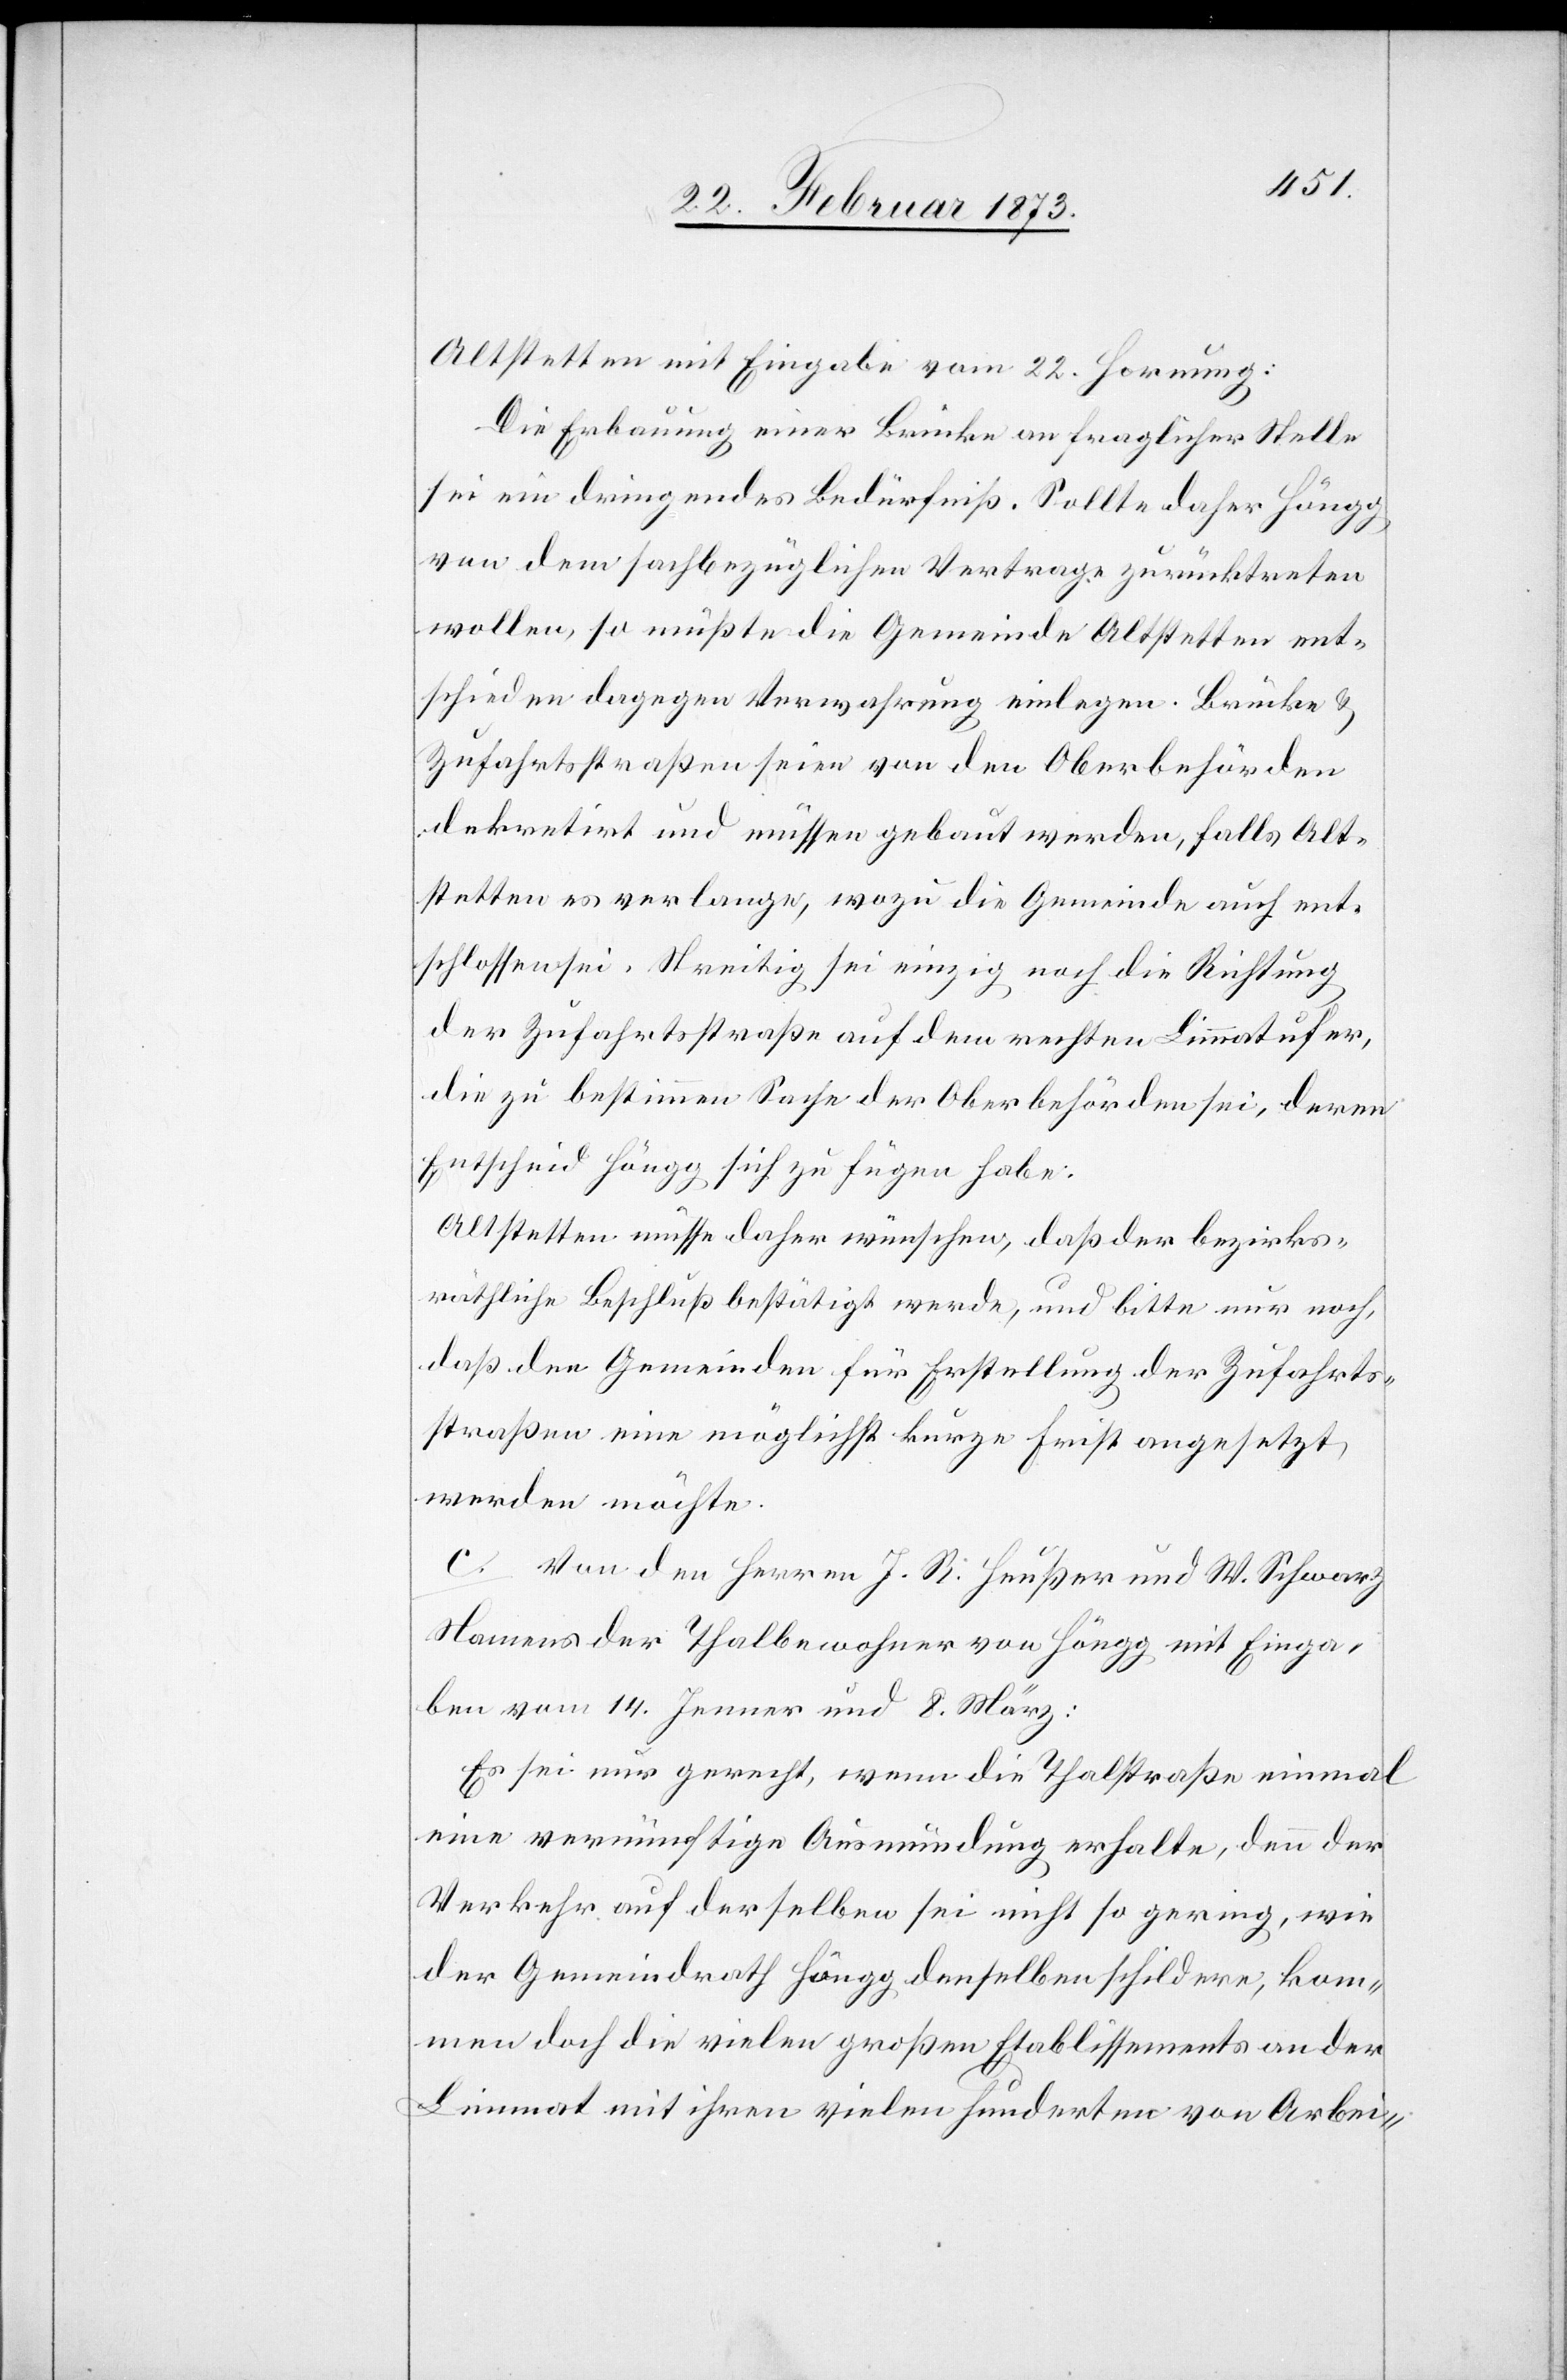
Altstetten mit Eingabe vom 22. Hornung:
Die Erbauung einer Brücke an fraglicher Stelle
sei ein dringendes Bedürfniß. Sollte daher Höngg
von dem sachbezüglichen Vertrage zurücktreten
wollen, so müßten die Gemeinde Altstetten ent¬
schieden dagegen Verwahrung einlegen. Brücke u.
Zufahrtsstraßen seien von den Oberbehörden
dekretirt und müssen gebaut werden, falls Alt¬
stetten es verlange, wozu die Gemeinde auch ent¬
schlossen sei. Streitig sei einzig noch die Richtung
der Zufahrtsstraße auf dem rechten Limmatufer,
die zu bestimmen Sache der Oberbehörden sei, deren
Entscheid Höngg sich zu fügen habe.
Altstetten müsse daher wünschen, daß der bezirks¬
räthliche Beschluß bestätigt werde, und bitte nur noch,
daß den Gemeinden für Erstellung der Zufahrts¬
straßen eine möglichst kurze Frist angesetzt
werden möchte.
c. Von den Herren J. B. Heußer und W. Schwarz
Namens der Thalbewohner von Höngg mit Einga¬
be vom 14. Jenner und 8. März:
Es sei nur gerecht, wenn die Thalstraße einmal
eine vernünftige Ausmündung erhalte, denn der
Verkehr auf derselben sei nicht so gering, wie
der Gemeindrath Höngg denselben schildere, kom¬
men doch die vielen großen Etablissements an der
Limmat mit ihren vielen hunderten von Arbei-